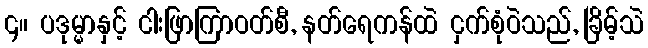
၄။ ပဒုမ္မာနှင့် ငါးဖြာကြာဝတ်စီ, နတ်ရေကန်ထဲ ငှက်စုံဝဲသည်, ခြိမ့်သဲ